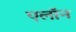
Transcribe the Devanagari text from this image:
एलाॅन